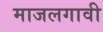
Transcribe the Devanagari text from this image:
माजलगावी